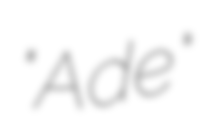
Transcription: "Ade"